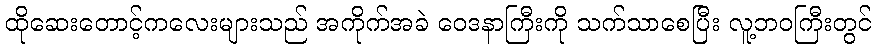
ထိုဆေးတောင့်ကလေးများသည် အကိုက်အခဲ ဝေဒနာကြီးကို သက်သာစေပြီး လူ့ဘဝကြီးတွင်